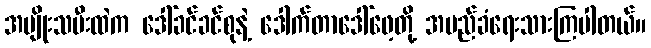
အမျိုးသမီးထဲက ဒေါ်ခင်ခင်စုနဲ့ ဒေါက်တာဒေါ်ဖေ့တို့ အမည်ခံရေးသားကြပါတယ်။